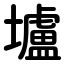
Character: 壚